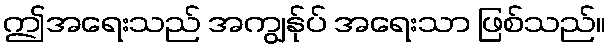
ဤအရေးသည် အကျွန်ုပ် အရေးသာ ဖြစ်သည်။